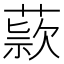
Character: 𬝺